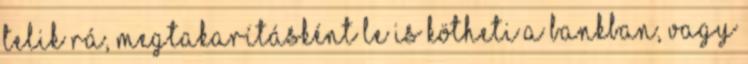
telik rá, megtakarításként le is kötheti a bankban, vagy